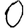
Digit: 0